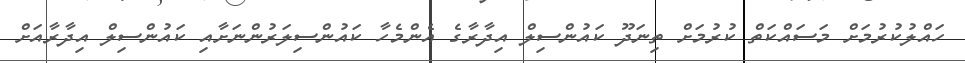
ހައްލުުކުރުމަށް މަސައްކަތް ކުރުމަށް ތިނަދޫ ކައުންސިލް އިދާރާގެ އެންމެހާ ކައުންސިލަރުންނަށާއި ކައުންސިލް އިދާރާއަށް